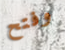
وفتح